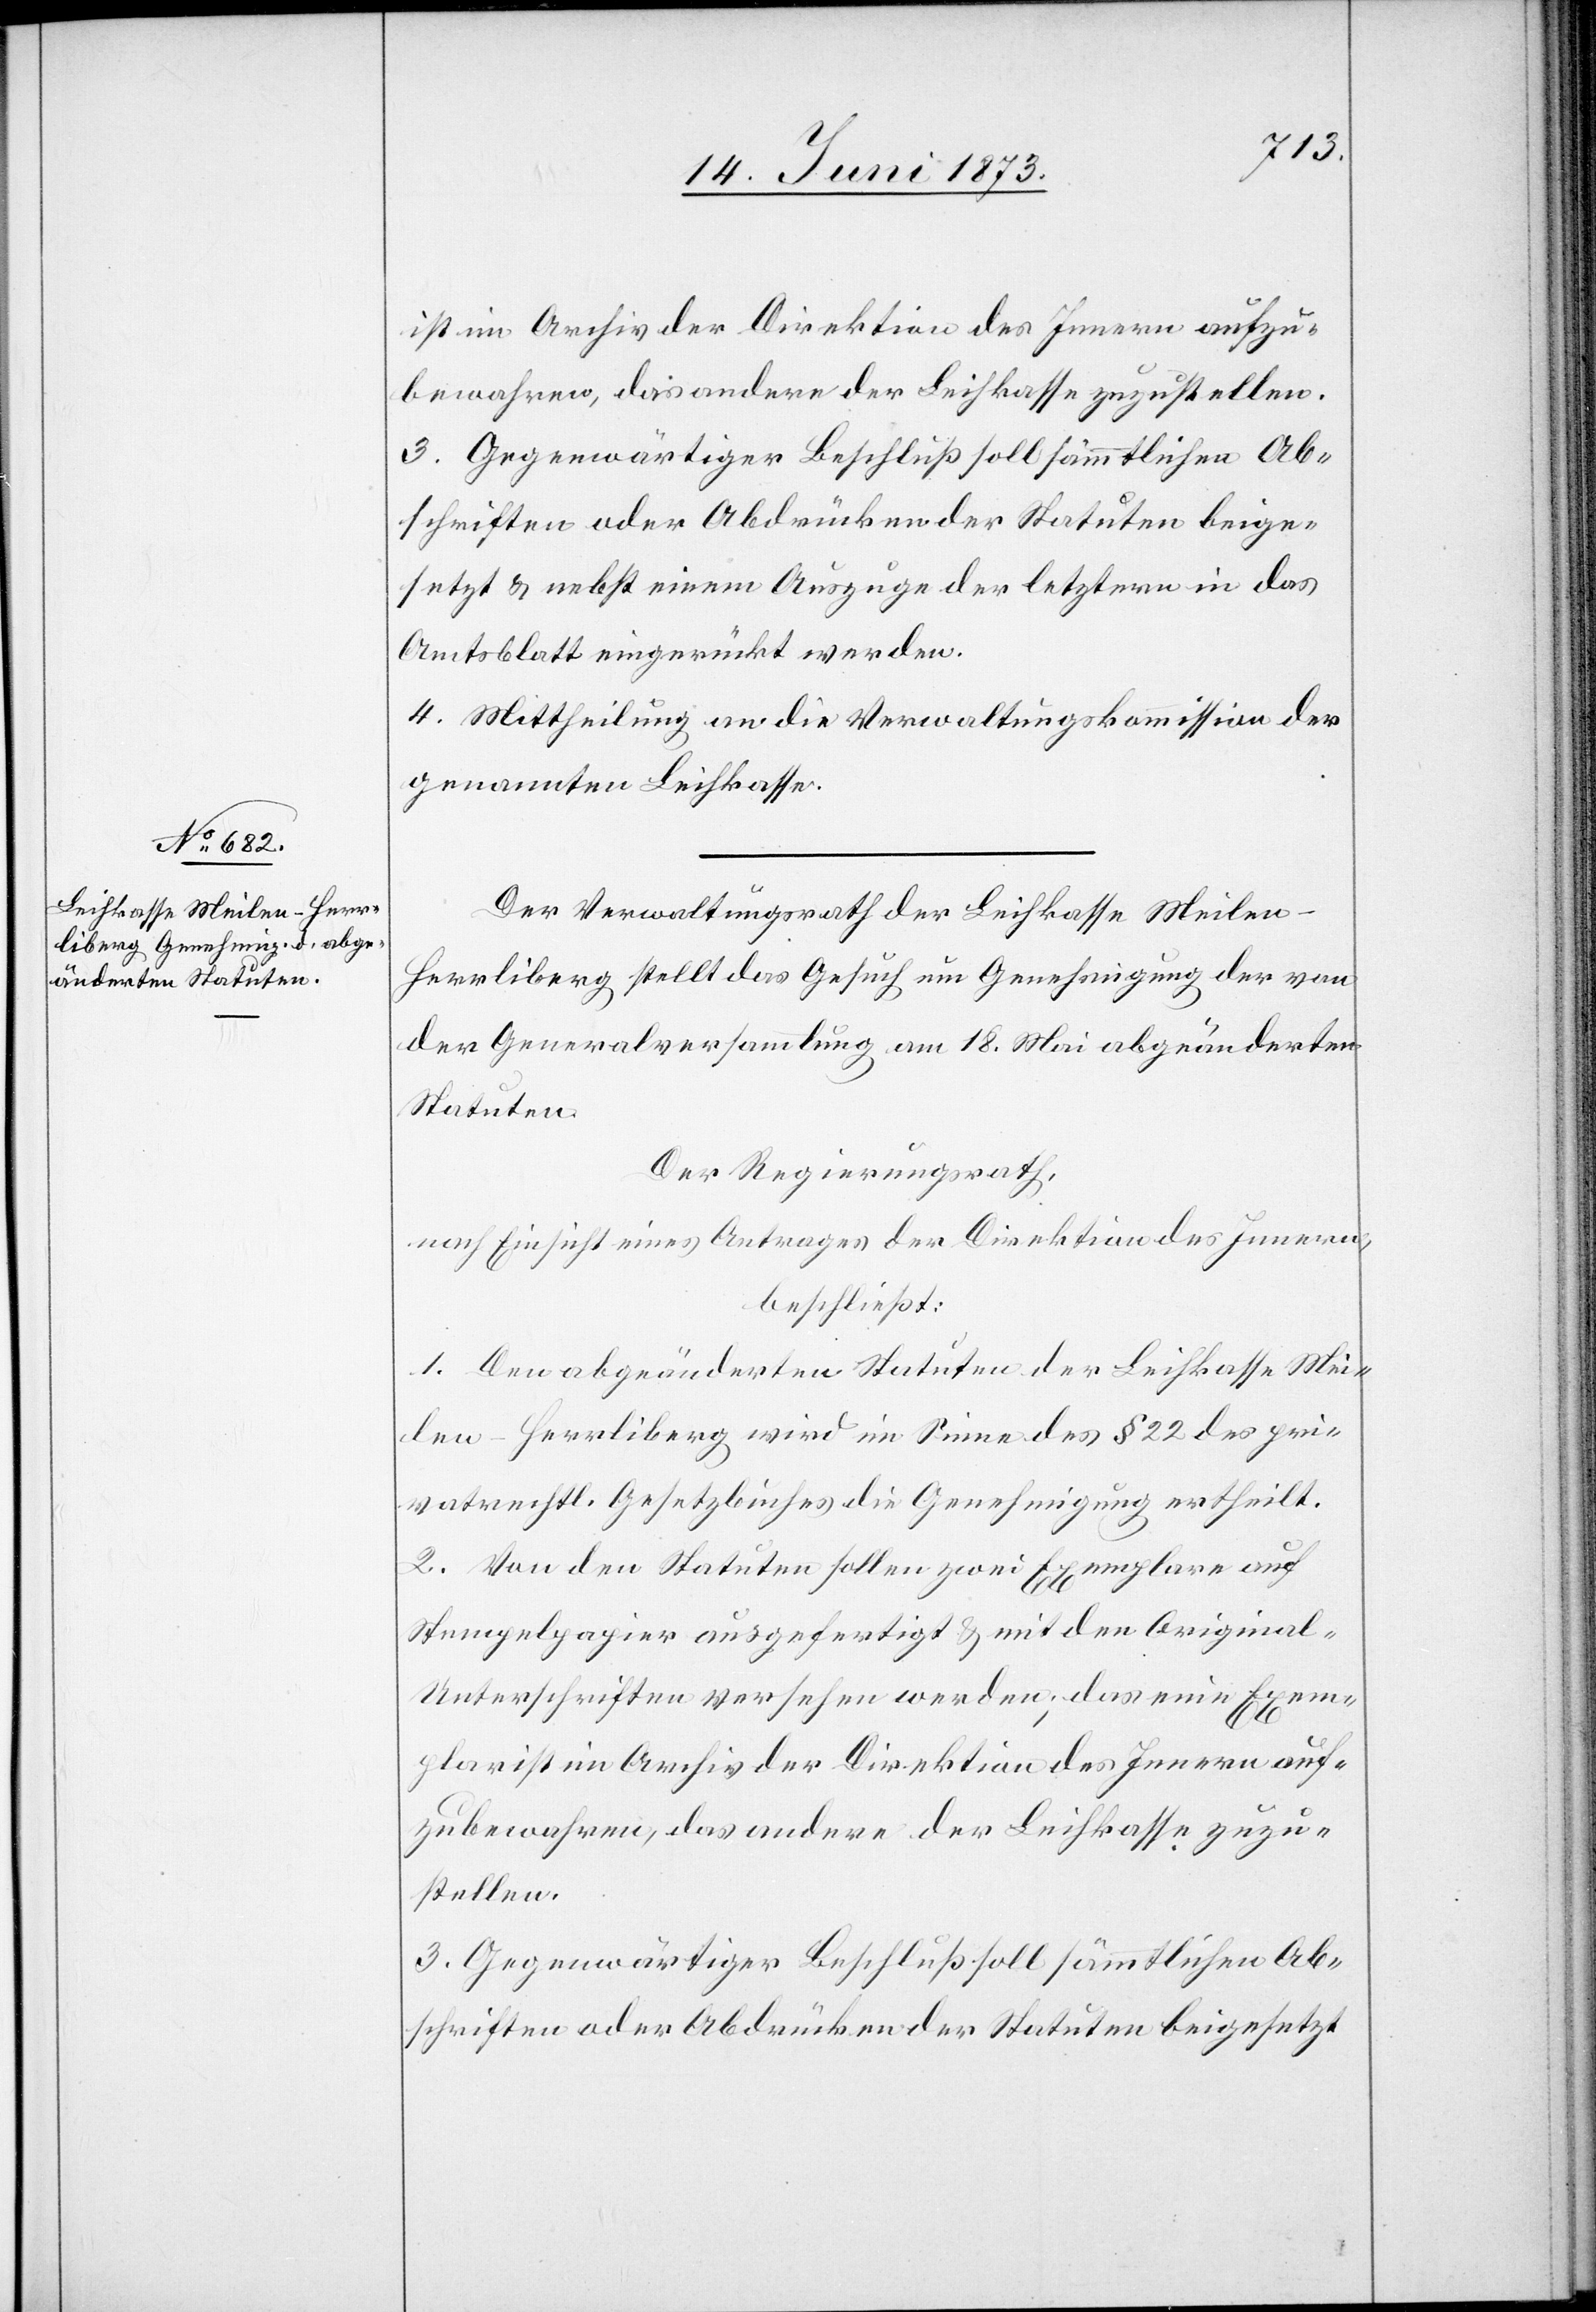
ist im Archiv der Direktion des Innern aufzu¬
bewahren, das andere der Leihkasse zuzustellen.
3. Gegenwärtiger Beschluß soll sämmtlichen Ab¬
schriften oder Abdrücken der Statuten beige¬
setzt & nebst einem Auszuge der letztern in das
Amtsblatt eingerückt werden.
4. Mittheilung an die Verwaltungskommission der
genannten Leihkasse.
Der Verwaltungsrath der Leihkasse Meilen-H¬
errliberg stellt das Gesuch um Genehmigung der von
der Generalversammlung am 18. Mai abgeänderten
Statuten.
Der Regierungsrath,
nach Einsicht eines Antrages der Direktion des Innern,
beschließt:
1. Den abgeänderten Statuten der Leihkasse Mei¬
len-Herrliberg wird im Sinne des § 22 des pri¬
vatrechtl. Gesetzbuches die Genehmigung ertheilt.
2. Von den Statuten sollen zwei Exemplare auf
Stempelpapier ausgefertigt & mit den Original-U¬
nterschriften versehen werden; das eine Exem¬
plar ist im Archiv der Direktion des Innern auf¬
zubewahren, das andere der Leihkasse zuzu¬
stellen.
3. Gegenwärtiger Beschluß soll sämmtlichen Ab¬
schriften oder Abdrücken der Statuten beigesetzt